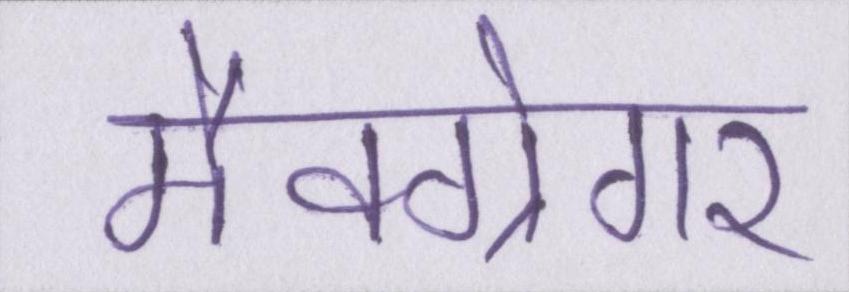
मैक्ग्रेगर